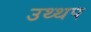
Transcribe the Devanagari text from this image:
उथ्थप